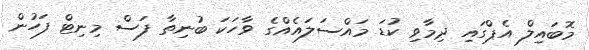
މޮބައިލް އެޕްގައި ދިމާވި ކުޑަ މައްސަލައެއްގެ ވާހަކަ ބުނިތާ ފަސް މިނިޓް ފަހުން